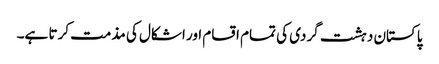
پاکستان دہشت گردی کی تمام اقسام اور اشکال کی مذمت کرتا ہے۔